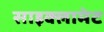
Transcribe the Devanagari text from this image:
साइक्लामेट